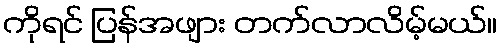
ကိုရင် ပြန်အဖျား တက်လာလိမ့်မယ်။